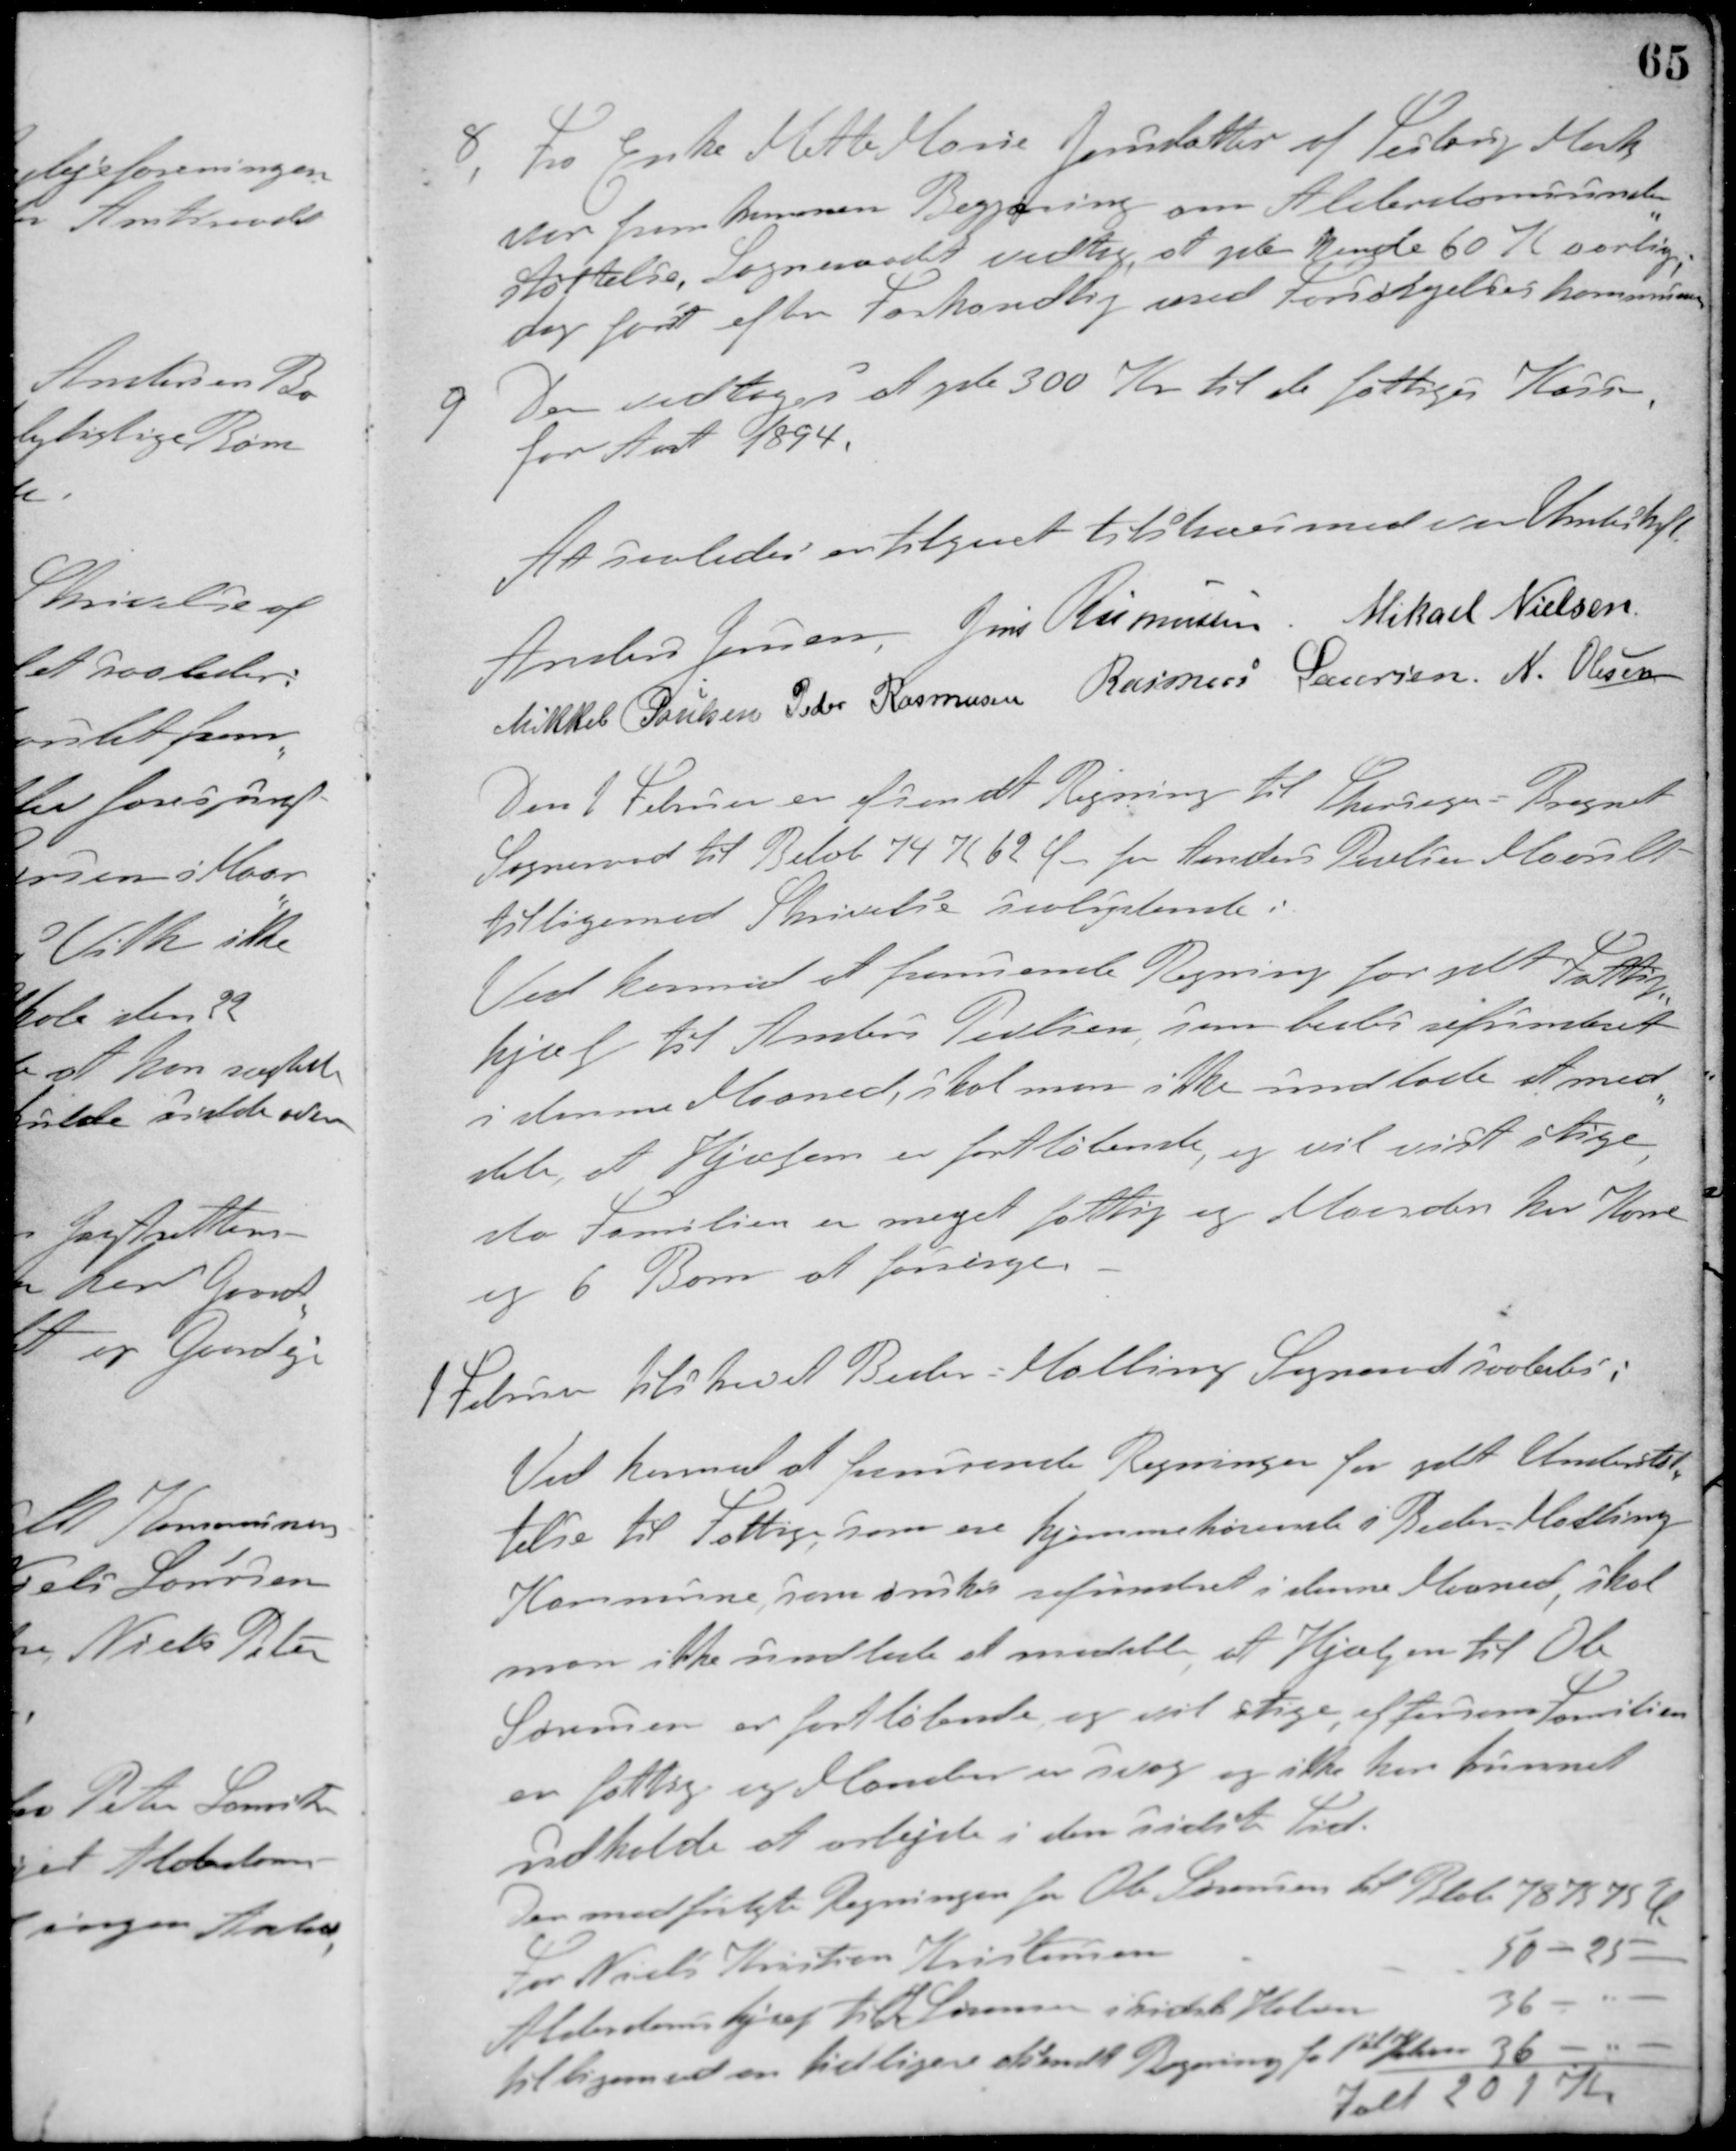
Transskription:
8. Fra Enke Mette Marie Jensdatter af Testrup Mark
var fremkommen Begjæring om Alderdomsunder-
støttelse, Sogneraadet vedtog, at yde hende 60 K aarlig,
dog først efter Forhandling med Forsørgelseskommunen.
9 Der vedtoges at yde 300 Kr. til de fattiges Kasse,
for Aaret 1894.
At saaledes er tilgaaet tilstaaes med vor Underskrift
Anders Jensen Jens Rasmussen
Mikael Nielsen
Mikkel Poulsen Peder Rasmussen Rasmus Laursen N. Olesen
Den 1 Februar er afsendt Regning til Thorsager-Bregnet
Sogneraad til Beløb 74 K 62 Ø for Anders Poulsen Maarslet
tilligemed Skrivelse saalydende:
Ved hermed at fremsende Regning for ydet Fattig-
hjælp til Anders Poulsen, som bedes refunderet
i denne Maaned, skal man ikke undlade at med-
dele, at Hjæpen er fortløbende, og vil vist stige,
da Familien er meget fattig og Manden har Kone
og 6 Børn at forsørge.
1 Februar tilskrevet Beder-Malling Sogneraad saaledes:
Ved hermed at fremsende Regningen for ydet Understøt-
telse til Fattige, som ere hjemmehørende i Beder-Malling
Kommune, som ønskes refundet i denne Maaned, skal
man ikke undlade at meddele, at Hjælpen til Ole
Sørensen er fortløbende og vil stige, eftersom Familien
er fattig og Manden er svag og ikke har kunnet
udholde at arbejde i den sidste Tid.
Den medfulgte Regningen for Ole Sørensen til Beløb 78 K 75 Ø
For Niels Kristian Kristensen
50 - 25 -
Alderdomshjælp til L. Sørensen i sidst Halvaar 36 - " -
tilligemed en tidligere afsendt Regning for 1ste Halvaar 36 - "-
Ialt 201 Kr.